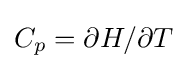
C_{p}=\partial H/\partial T